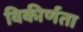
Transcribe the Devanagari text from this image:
विकीर्णता